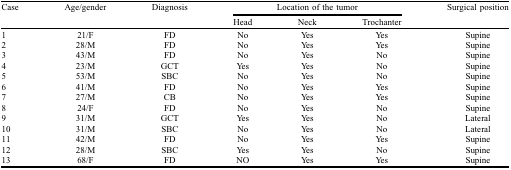
| Case | Age/gender | Diagnosis | <COLSPAN=3> Location of the tumor | Surgical position |
 |  |  |  | Head | Neck | Trochanter |  |
 | --- | --- | --- | --- | --- | --- | --- |
 | 1 | 21/F | FD | No | Yes | Yes | Supine |
 | 2 | 28/M | FD | No | Yes | Yes | Supine |
 | 3 | 43/M | FD | No | Yes | No | Supine |
 | 4 | 23/M | GCT | Yes | Yes | No | Supine |
 | 5 | 53/M | SBC | No | Yes | No | Supine |
 | 6 | 41/M | FD | No | Yes | Yes | Supine |
 | 7 | 27/M | CB | No | Yes | Yes | Supine |
 | 8 | 24/F | FD | No | Yes | No | Supine |
 | 9 | 31/M | GCT | Yes | Yes | No | Lateral |
 | 10 | 31/M | SBC | No | Yes | No | Lateral |
 | 11 | 42/M | FD | No | Yes | Yes | Supine |
 | 12 | 28/M | SBC | Yes | Yes | No | Supine |
 | 13 | 68/F | FD | NO | Yes | Yes | Supine |